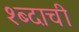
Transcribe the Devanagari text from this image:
श्ब्दाची